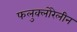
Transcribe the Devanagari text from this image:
फलुक्‍लोरेलीन